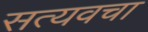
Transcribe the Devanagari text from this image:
सत्यवचा